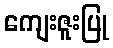
ကျေးဇူးပြု